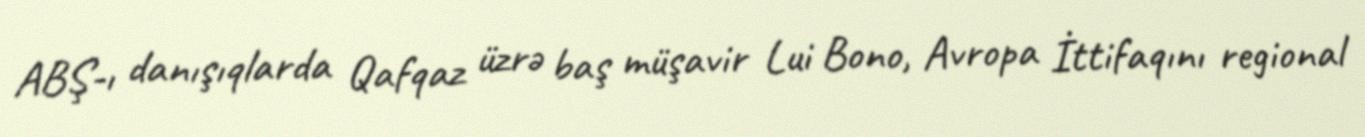
ABŞ-ı danışıqlarda Qafqaz üzrə baş müşavir Lui Bono, Avropa İttifaqını regional